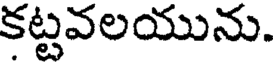
కట్టవలయును.